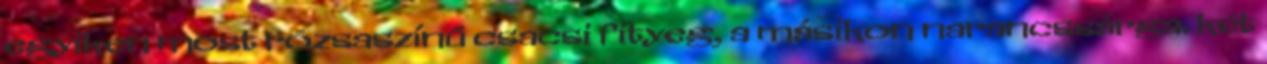
egyiken most rózsaszínű csacsi fityeg, a másikon narancssárga. két